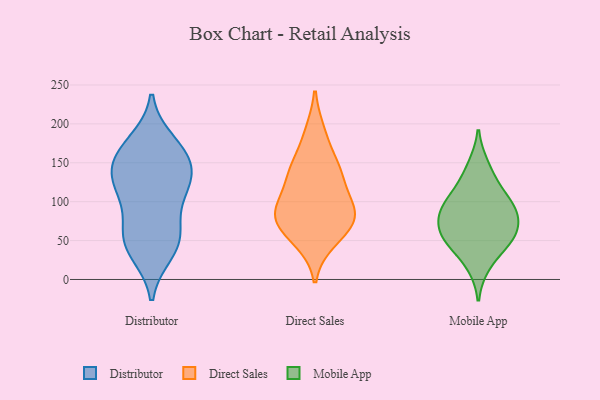
{"axis": {"x": "Inventory Turnover", "y": "Value"}, "legend": ["Direct Sales", "Distributor", "Mobile App"], "data": [{"x": "", "y": 159, "type": "Distributor"}, {"x": "", "y": 176, "type": "Distributor"}, {"x": "", "y": 117, "type": "Distributor"}, {"x": "", "y": 43, "type": "Distributor"}, {"x": "", "y": 154, "type": "Distributor"}, {"x": "", "y": 141, "type": "Distributor"}, {"x": "", "y": 53, "type": "Distributor"}, {"x": "", "y": 54, "type": "Distributor"}, {"x": "", "y": 71, "type": "Distributor"}, {"x": "", "y": 167, "type": "Distributor"}, {"x": "", "y": 116, "type": "Distributor"}, {"x": "", "y": 114, "type": "Distributor"}, {"x": "", "y": 35, "type": "Distributor"}, {"x": "", "y": 131, "type": "Distributor"}, {"x": "", "y": 132, "type": "Direct Sales"}, {"x": "", "y": 188, "type": "Direct Sales"}, {"x": "", "y": 64, "type": "Direct Sales"}, {"x": "", "y": 88, "type": "Direct Sales"}, {"x": "", "y": 133, "type": "Direct Sales"}, {"x": "", "y": 87, "type": "Direct Sales"}, {"x": "", "y": 50, "type": "Direct Sales"}, {"x": "", "y": 90, "type": "Direct Sales"}, {"x": "", "y": 79, "type": "Direct Sales"}, {"x": "", "y": 148, "type": "Direct Sales"}, {"x": "", "y": 48, "type": "Mobile App"}, {"x": "", "y": 57, "type": "Mobile App"}, {"x": "", "y": 80, "type": "Mobile App"}, {"x": "", "y": 107, "type": "Mobile App"}, {"x": "", "y": 51, "type": "Mobile App"}, {"x": "", "y": 56, "type": "Mobile App"}, {"x": "", "y": 85, "type": "Mobile App"}, {"x": "", "y": 85, "type": "Mobile App"}, {"x": "", "y": 122, "type": "Mobile App"}, {"x": "", "y": 147, "type": "Mobile App"}, {"x": "", "y": 18, "type": "Mobile App"}, {"x": "", "y": 94, "type": "Mobile App"}]}